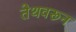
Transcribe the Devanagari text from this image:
तेथवरून